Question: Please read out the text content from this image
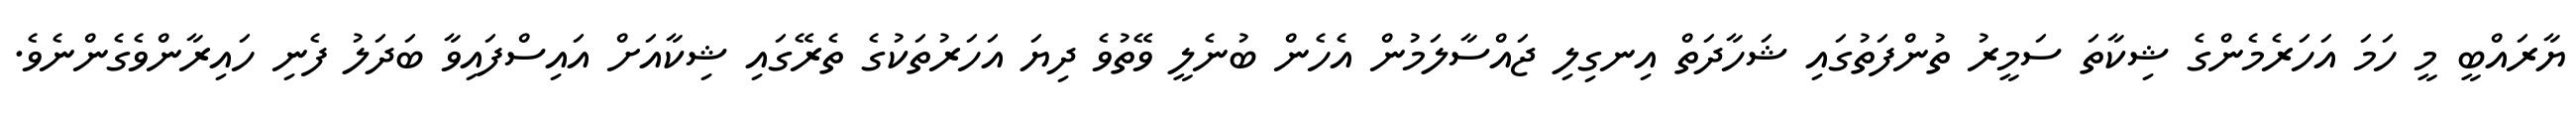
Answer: ޔާރައްބީ މީ ހަމަ އަހަރެމެންގެ ޝިކާތަ ސަމީރު ތުންފަތުގައި ޝަހާދަތް އިނގިލި ޖައްސާލަމުން އެހެން ބުނެލީ ވޭތުވެ ދިޔަ އަހަރުތަކުގެ ތެރޭގައި ޝިކާއަށް އައިސްފައިވާ ބަދަލު ފެނި ހައިރާންވެގެންނެވެ.